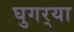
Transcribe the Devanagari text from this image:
घुगर्‍या